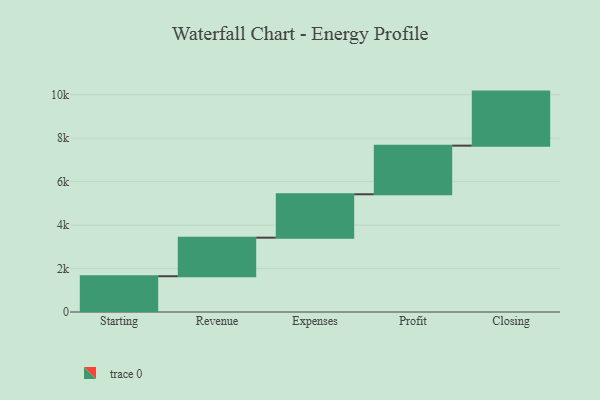
{"axis": {"x": "Step", "y": "Value"}, "legend": [""], "data": [{"x": "Starting", "y": 1646.0, "type": ""}, {"x": "Revenue", "y": 1775.0, "type": ""}, {"x": "Expenses", "y": 1998.0, "type": ""}, {"x": "Profit", "y": 2238.0, "type": ""}, {"x": "Closing", "y": 2488.0, "type": ""}]}